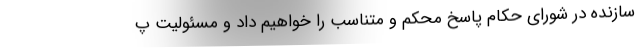
سازنده در شورای حکام پاسخ محکم و متناسب را خواهیم داد و مسئولیت پ